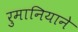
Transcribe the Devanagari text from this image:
रुमानियाने